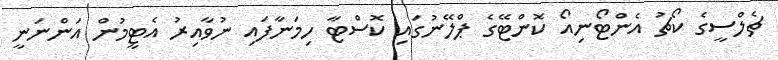
ޗެލްސީގެ ކޯޗު އެންޓޯނިއޯ ކޮންޓޭގެ ޕްލޭނުގައި ކޮސްޓާ ހިމަނާފައި ނުވާއިރު އެޓީމުން އަންނަނީ